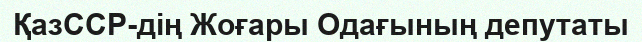
ҚазССР-дің Жоғары Одағының депутаты